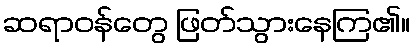
ဆရာဝန်တွေ ဖြတ်သွားနေကြ၏။